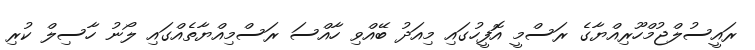
ރައީސުލްޖުމްހޫރިއްޔާގެ ރަސްމީ އޮފީހުގައި މިއަދު ބޭއްވި ހާއްސަ ރަސްމިއްޔާތެއްގައި ލޯނު ހާސިލް ކުރި